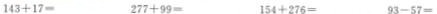
$$1 4 3 + 1 7 =$$ $$2 7 7 + 9 9 =$$ $$1 5 4 + 2 7 6 =$$ $$9 3 - 5 7 =$$